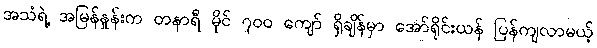
အသံရဲ့ အမြန်နှုန်းက တနာရီ မိုင် ၇၀၀ ကျော် ရှိချိန်မှာ အော်ရိုင်းယန် ပြန်ကျလာမယ့်